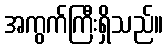
အကွက်ကြီးရှိသည်။